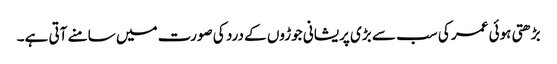
بڑھتی ہوئی عمر کی سب سے بڑی پریشانی جوڑوں کے درد کی صورت میں سامنے آتی ہے۔